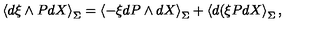
\left\langle d \xi \wedge P d X \right\rangle _ { \Sigma } = \left\langle - \xi d P \wedge d X \right\rangle _ { \Sigma } + \left\langle d ( \xi P d X \right\rangle _ { \Sigma } , \nonumber